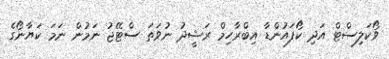
ވޯކަލިސްޓް އަދި ކޯފައުންޑާ އިބްރާހިމް ރަޝީދު ނުވަތަ ސްޓޭޖު ނަމުން ނަމަ ކަޔާނޯގެ